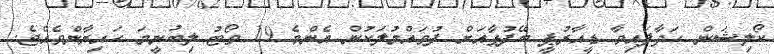
ކޯލިޝަން ހަދާފައިވާ ޑީއާރުޕީ ބޭފުޅާއަށް ފުވައްމުލަކުން އެންމެ 19 ވޯޓު ލިބުނީމަ ހައިރާންވެއްޖެ.